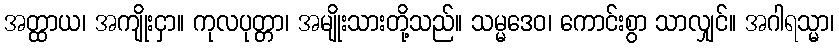
အတ္ထာယ၊ အကျိုးငှာ။ ကုလပုတ္တာ၊ အမျိုးသားတို့သည်။ သမ္မဒေဝ၊ ကောင်းစွာ သာလျှင်။ အဂါရသ္မာ၊